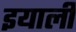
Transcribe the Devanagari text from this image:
इयार्ली